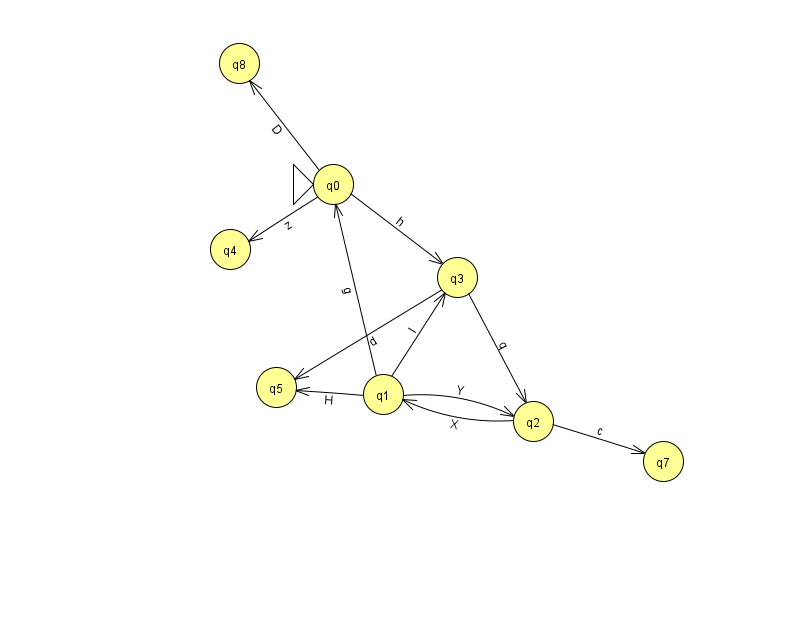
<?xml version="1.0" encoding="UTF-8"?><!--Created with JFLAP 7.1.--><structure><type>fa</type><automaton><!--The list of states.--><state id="0" name="q0"><x>333.0</x><y>171.0</y><initial/></state><state id="1" name="q1"><x>383.0</x><y>381.0</y></state><state id="2" name="q2"><x>533.0</x><y>408.0</y></state><state id="3" name="q3"><x>457.0</x><y>264.0</y></state><state id="4" name="q4"><x>230.0</x><y>236.0</y></state><state id="5" name="q5"><x>276.0</x><y>374.0</y></state><state id="7" name="q7"><x>663.0</x><y>448.0</y></state><state id="8" name="q8"><x>239.0</x><y>50.0</y></state><!--The list of transitions.--><transition><from>1</from><to>3</to><read>I</read></transition><transition><from>3</from><to>5</to><read>d</read></transition><transition><from>1</from><to>2</to><read>Y</read></transition><transition><from>1</from><to>5</to><read>H</read></transition><transition><from>2</from><to>1</to><read>X</read></transition><transition><from>3</from><to>2</to><read>q</read></transition><transition><from>1</from><to>0</to><read>g</read></transition><transition><from>0</from><to>4</to><read>z</read></transition><transition><from>0</from><to>8</to><read>D</read></transition><transition><from>0</from><to>3</to><read>h</read></transition><transition><from>2</from><to>7</to><read>c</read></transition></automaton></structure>